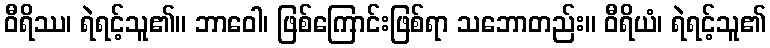
ဝီရိဿ၊ ရဲရင့်သူ၏။ ဘာဝေါ၊ ဖြစ်ကြောင်းဖြစ်ရာ သဘောတည်း။ ဝီရိယံ၊ ရဲရင့်သူ၏